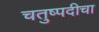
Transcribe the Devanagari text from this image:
चतुष्पदीचा